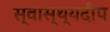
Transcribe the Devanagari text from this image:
स्वास्थ्यदीप